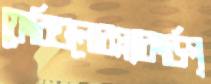
ফেরিগুলোরপ্ল্যাকার্ডপ্